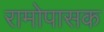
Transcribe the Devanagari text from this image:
रामोपासक